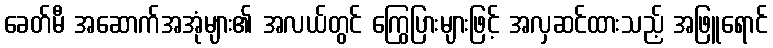
ခေတ်မီ အဆောက်အအုံများ၏ အလယ်တွင် ကြွေပြားများဖြင့် အလှဆင်ထားသည့် အဖြူရောင်